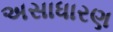
અસાધારણ